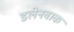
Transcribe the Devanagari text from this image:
डलेनबाक